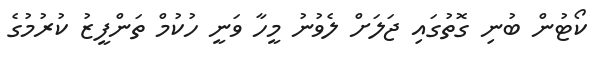
ކޯޓުން ބުނި ގޮތުގައި ޖަލަށް ލެވުނު މީހާ ވަނީ ހުކުމް ތަންފީޒު ކުރުމުގެ